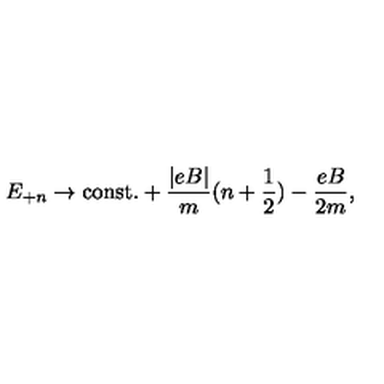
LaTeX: E _ { + n } \rightarrow \mathrm { c o n s t . } + \frac { | e B | } { m } ( n + { \frac { 1 } { 2 } } ) - \frac { e B } { 2 m } ,